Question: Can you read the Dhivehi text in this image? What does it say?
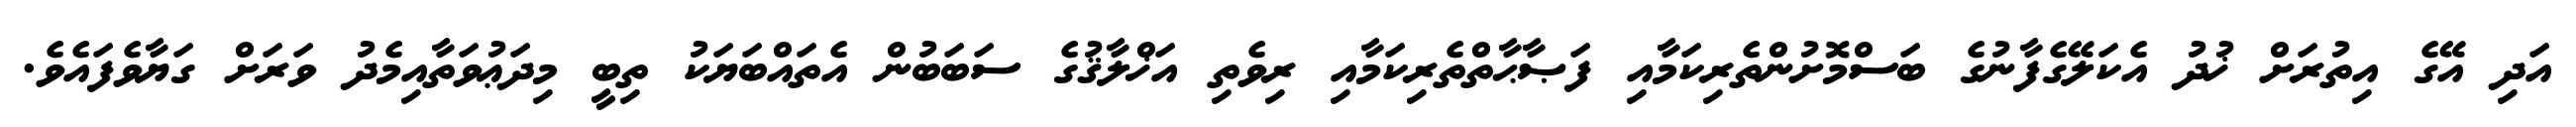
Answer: އަދި އޭގެ އިތުރަށް ޚުދު އެކަލޭގެފާނުގެ ބަސްމޮށުންތެރިކަމާއި ފަޞާޙާތްތެރިކަމާއި ރިވެތި އަޚްލާޤުގެ ސަބަބުން އެތައްބަޔަކު ތިބީ މިދަޢުވަތާއިމެދު ވަރަށް ގަޔާވެފައެވެ.